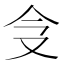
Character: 𠇀